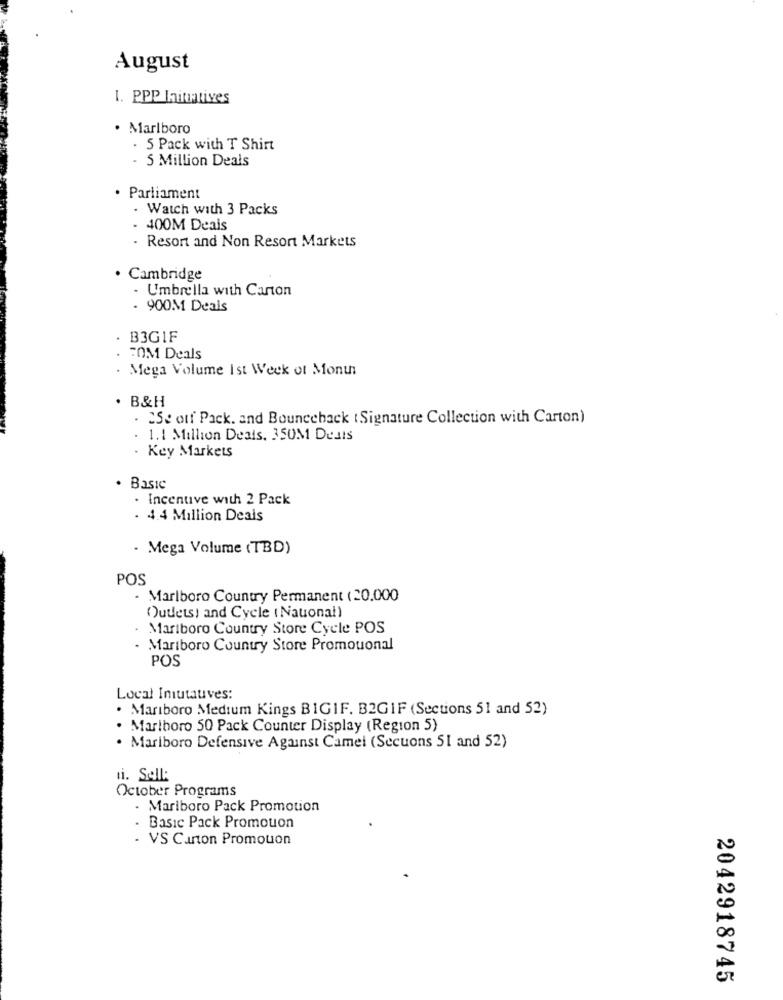
August
1. PPP Initiatives
· Marlboro
. 5 Pack with T Shirt
- 5 Million Deals
. Parliament
Watch with 3 Packs
- 400M Deais
Resort and Non Resort Markets
. Cambridge
. Umbrella with Carton
- 900M Deals
B3GIF
TOM Deals
Mega Volume Ist Week of Month
. B&H
.2Se off Pack. and Bounceback ( Signature Collection with Carton)
1.1 Million Deals, 350M Deais
. Key Markets
Basic
· Incentive with 2 Pack
4.4 Million Deals
. Mega Volume (TBD)
POS
- Marlboro Country Permanent (20.000
Outlets! and Cycle ( Nauonal)
Marlboro Country Store Cycle POS
- Mariboro Country Store Promouonal
POS
Local Imutauves:
. Mariboro Medium Kings BIGIF. B2GIF (Sections 51 and 52)
. Marlboro 50 Pack Counter Display (Region 5)
Marlboro Defensive Against Camel (Secuons SI and 52)
October Programs
- Mariboro Pack Promotion
. Basic Pack Promouon
- VS Canon Promouon
20
er
2042918745